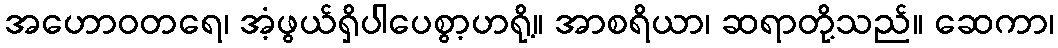
အဟောဝတရေ၊ အံ့ဖွယ်ရှိပါပေစွာ့ဟရို့။ အာစရိယာ၊ ဆရာတို့သည်။ ဆေကာ၊